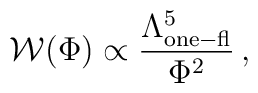
{\cal W}(\Phi) \propto \frac{\Lambda^5_{\rm one-fl}}{\Phi^2} \,,